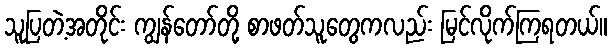
သူပြတဲ့အတိုင်း ကျွန်တော်တို့ စာဖတ်သူတွေကလည်း မြင်လိုက်ကြရတယ်။